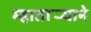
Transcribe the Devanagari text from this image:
म्हातार्‍याने